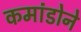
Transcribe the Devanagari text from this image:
कमांडोने